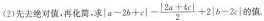
(2)先去绝对值，再化简，求 $$| a - 2 b + c | - \frac { | 2 a + 4 c | } { 2 } + 2 | b - 2 c |$$ 的值.